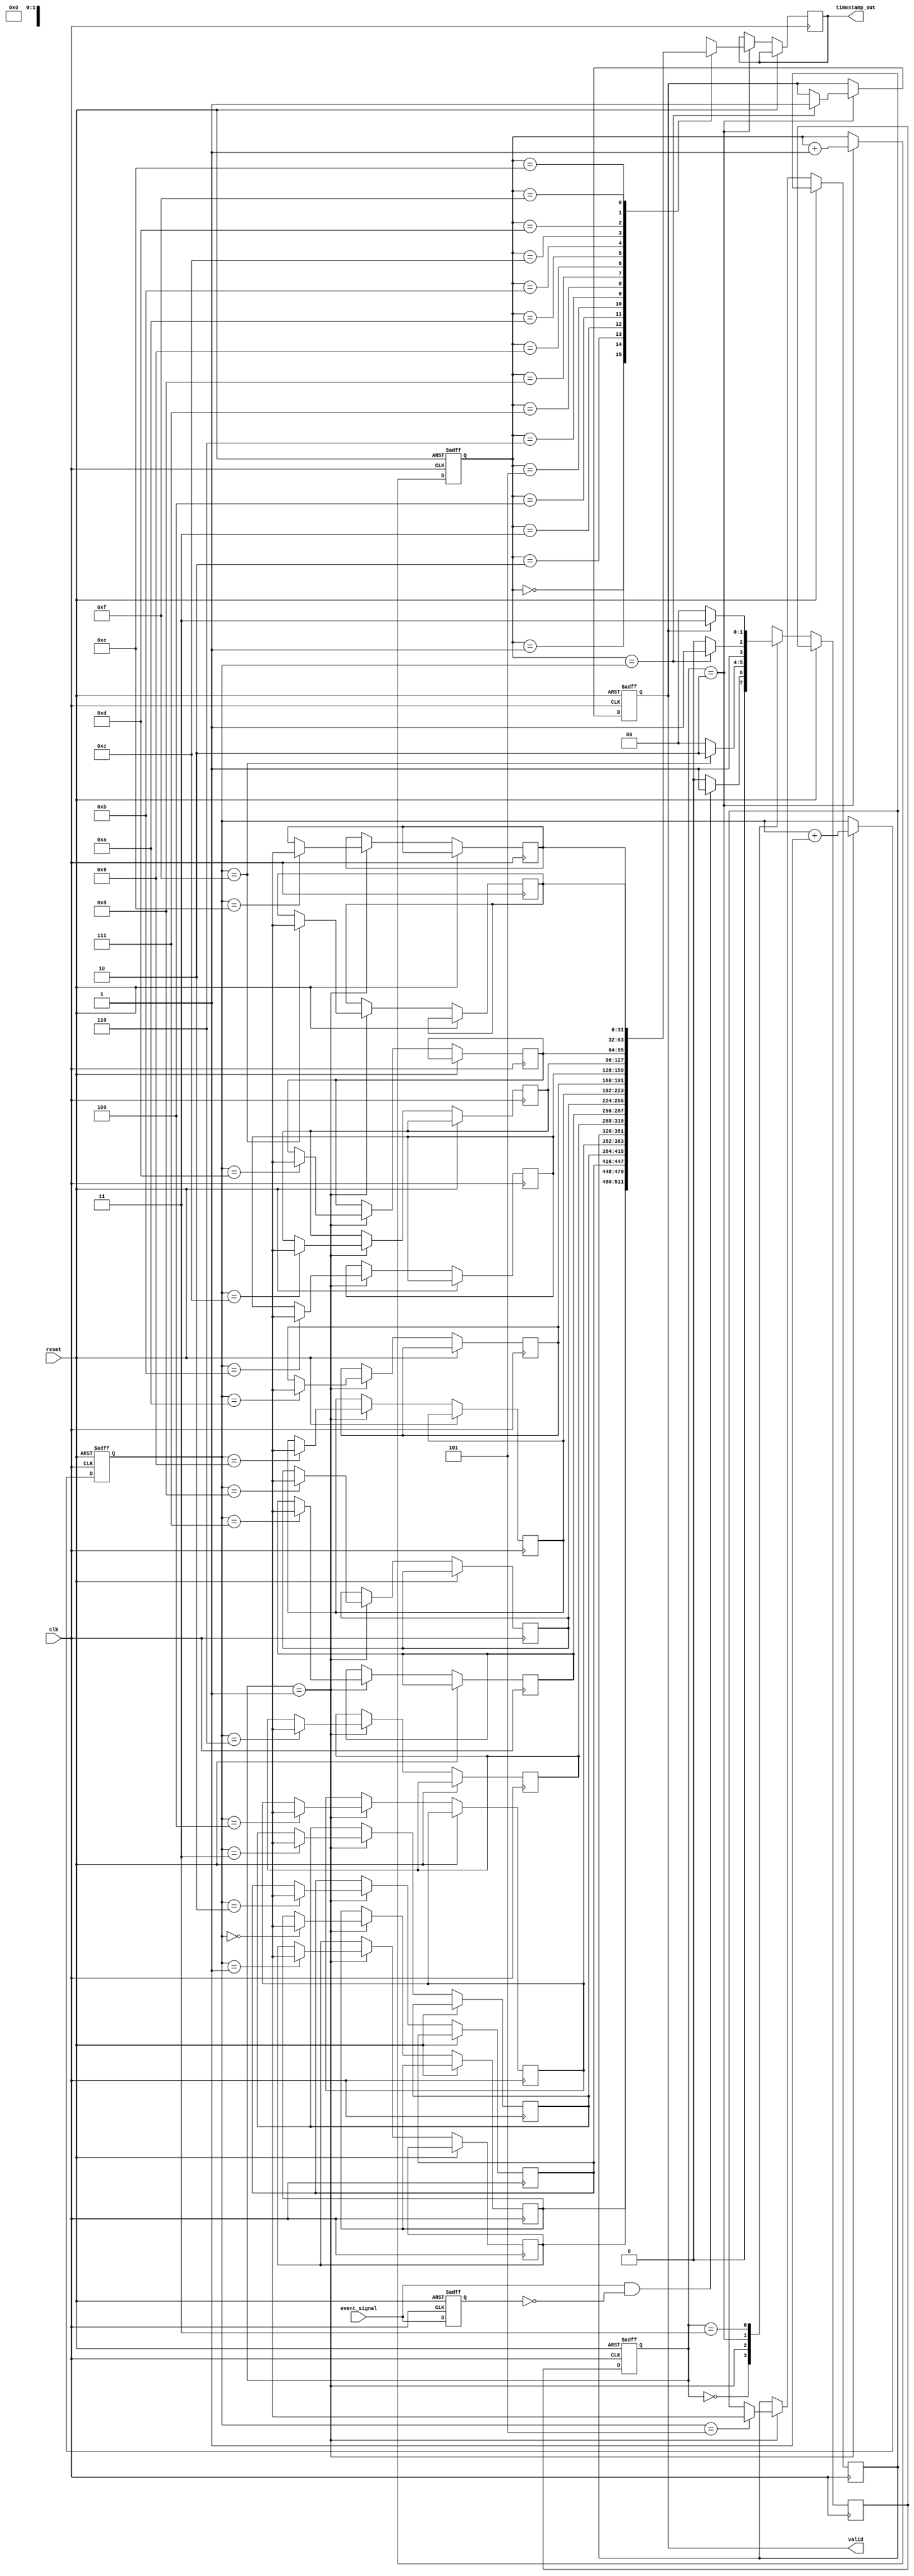
module TDC (
    input wire clk,                    // High-frequency clock
    input wire reset,                  // Reset signal
    input wire event_signal,           // Input event signal
    output reg [31:0] timestamp_out,   // Output timestamp
    output reg valid                   // Output valid signal
);

    // Parameters
    parameter MEMORY_DEPTH = 16;       // Number of events to be stored
    parameter TIMESTAMP_WIDTH = 32;     // Width of timestamp

    // Memory array for timestamps
    reg [TIMESTAMP_WIDTH-1:0] memory [0:MEMORY_DEPTH-1];
    reg [3:0] write_address;            // Write address for memory
    reg [3:0] read_address;             // Read address for memory
    reg [1:0] state;                    // FSM state
    reg [1:0] next_state;               // Next state for FSM

    // State encoding
    localparam IDLE = 2'b00;
    localparam CAPTURING = 2'b01;
    localparam PROCESSING = 2'b10;
    localparam OUTPUT = 2'b11;

    // Edge detection
    reg event_signal_prev;

    always @(posedge clk or posedge reset) begin
        if (reset) begin
            event_signal_prev <= 0;
        end else begin
            event_signal_prev <= event_signal;
        end
    end

    // FSM for TDC operation
    always @(posedge clk or posedge reset) begin
        if (reset) begin
            state <= IDLE;
            write_address <= 0;
            read_address <= 0;
            valid <= 0;
        end else begin
            state <= next_state;
            case (state)
                IDLE: begin
                    if (event_signal && !event_signal_prev) begin
                        next_state <= CAPTURING;
                    end else begin
                        next_state <= IDLE;
                    end
                end
                CAPTURING: begin
                    // Capture timestamp (for simplicity, using the clock count as timestamp)
                    memory[write_address] <= $time; // Capture current time
                    write_address <= write_address + 1;
                    if (write_address == MEMORY_DEPTH - 1) begin
                        next_state <= PROCESSING;
                    end else begin
                        next_state <= IDLE;
                    end
                end
                PROCESSING: begin
                    // Process timestamps (simple example, taking the latest timestamp)
                    timestamp_out <= memory[read_address];
                    read_address <= read_address + 1;
                    if (read_address == write_address) begin
                        valid <= 1; // Set valid signal
                        next_state <= OUTPUT;
                    end else begin
                        next_state <= PROCESSING;
                    end
                end
                OUTPUT: begin
                    // Wait for output read
                    if (!valid) begin
                        next_state <= IDLE;
                    end else begin
                        next_state <= OUTPUT;
                    end
                end
            endcase
        end
    end

endmodule